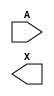
/**
 * Copyright 2020 The SkyWater PDK Authors
 *
 * Licensed under the Apache License, Version 2.0 (the "License");
 * you may not use this file except in compliance with the License.
 * You may obtain a copy of the License at
 *
 *     https://www.apache.org/licenses/LICENSE-2.0
 *
 * Unless required by applicable law or agreed to in writing, software
 * distributed under the License is distributed on an "AS IS" BASIS,
 * WITHOUT WARRANTIES OR CONDITIONS OF ANY KIND, either express or implied.
 * See the License for the specific language governing permissions and
 * limitations under the License.
 *
 * SPDX-License-Identifier: Apache-2.0
 */

`ifndef SKY130_FD_SC_HD__DLYGATE4SD3_SYMBOL_V
`define SKY130_FD_SC_HD__DLYGATE4SD3_SYMBOL_V

/**
 * dlygate4sd3: Delay Buffer 4-stage 0.50um length inner stage gates.
 *
 * Verilog stub (without power pins) for graphical symbol definition
 * generation.
 *
 * WARNING: This file is autogenerated, do not modify directly!
 */

`timescale 1ns / 1ps
`default_nettype none

(* blackbox *)
module sky130_fd_sc_hd__dlygate4sd3 (
    //# {{data|Data Signals}}
    input  A,
    output X
);

    // Voltage supply signals
    supply1 VPWR;
    supply0 VGND;
    supply1 VPB ;
    supply0 VNB ;

endmodule

`default_nettype wire
`endif  // SKY130_FD_SC_HD__DLYGATE4SD3_SYMBOL_V